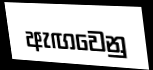
ඇඟවෙනු